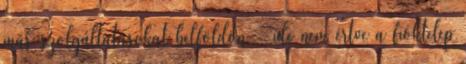
más szolgáltatásokat belföldön - ide nem értve a fióktelep